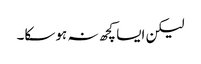
لیکن ایسا کچھ نہ ہوسکا۔